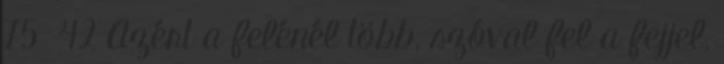
75 42 Azért a felénél több, szóval fel a fejjel,